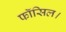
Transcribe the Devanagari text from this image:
फॉसिल।